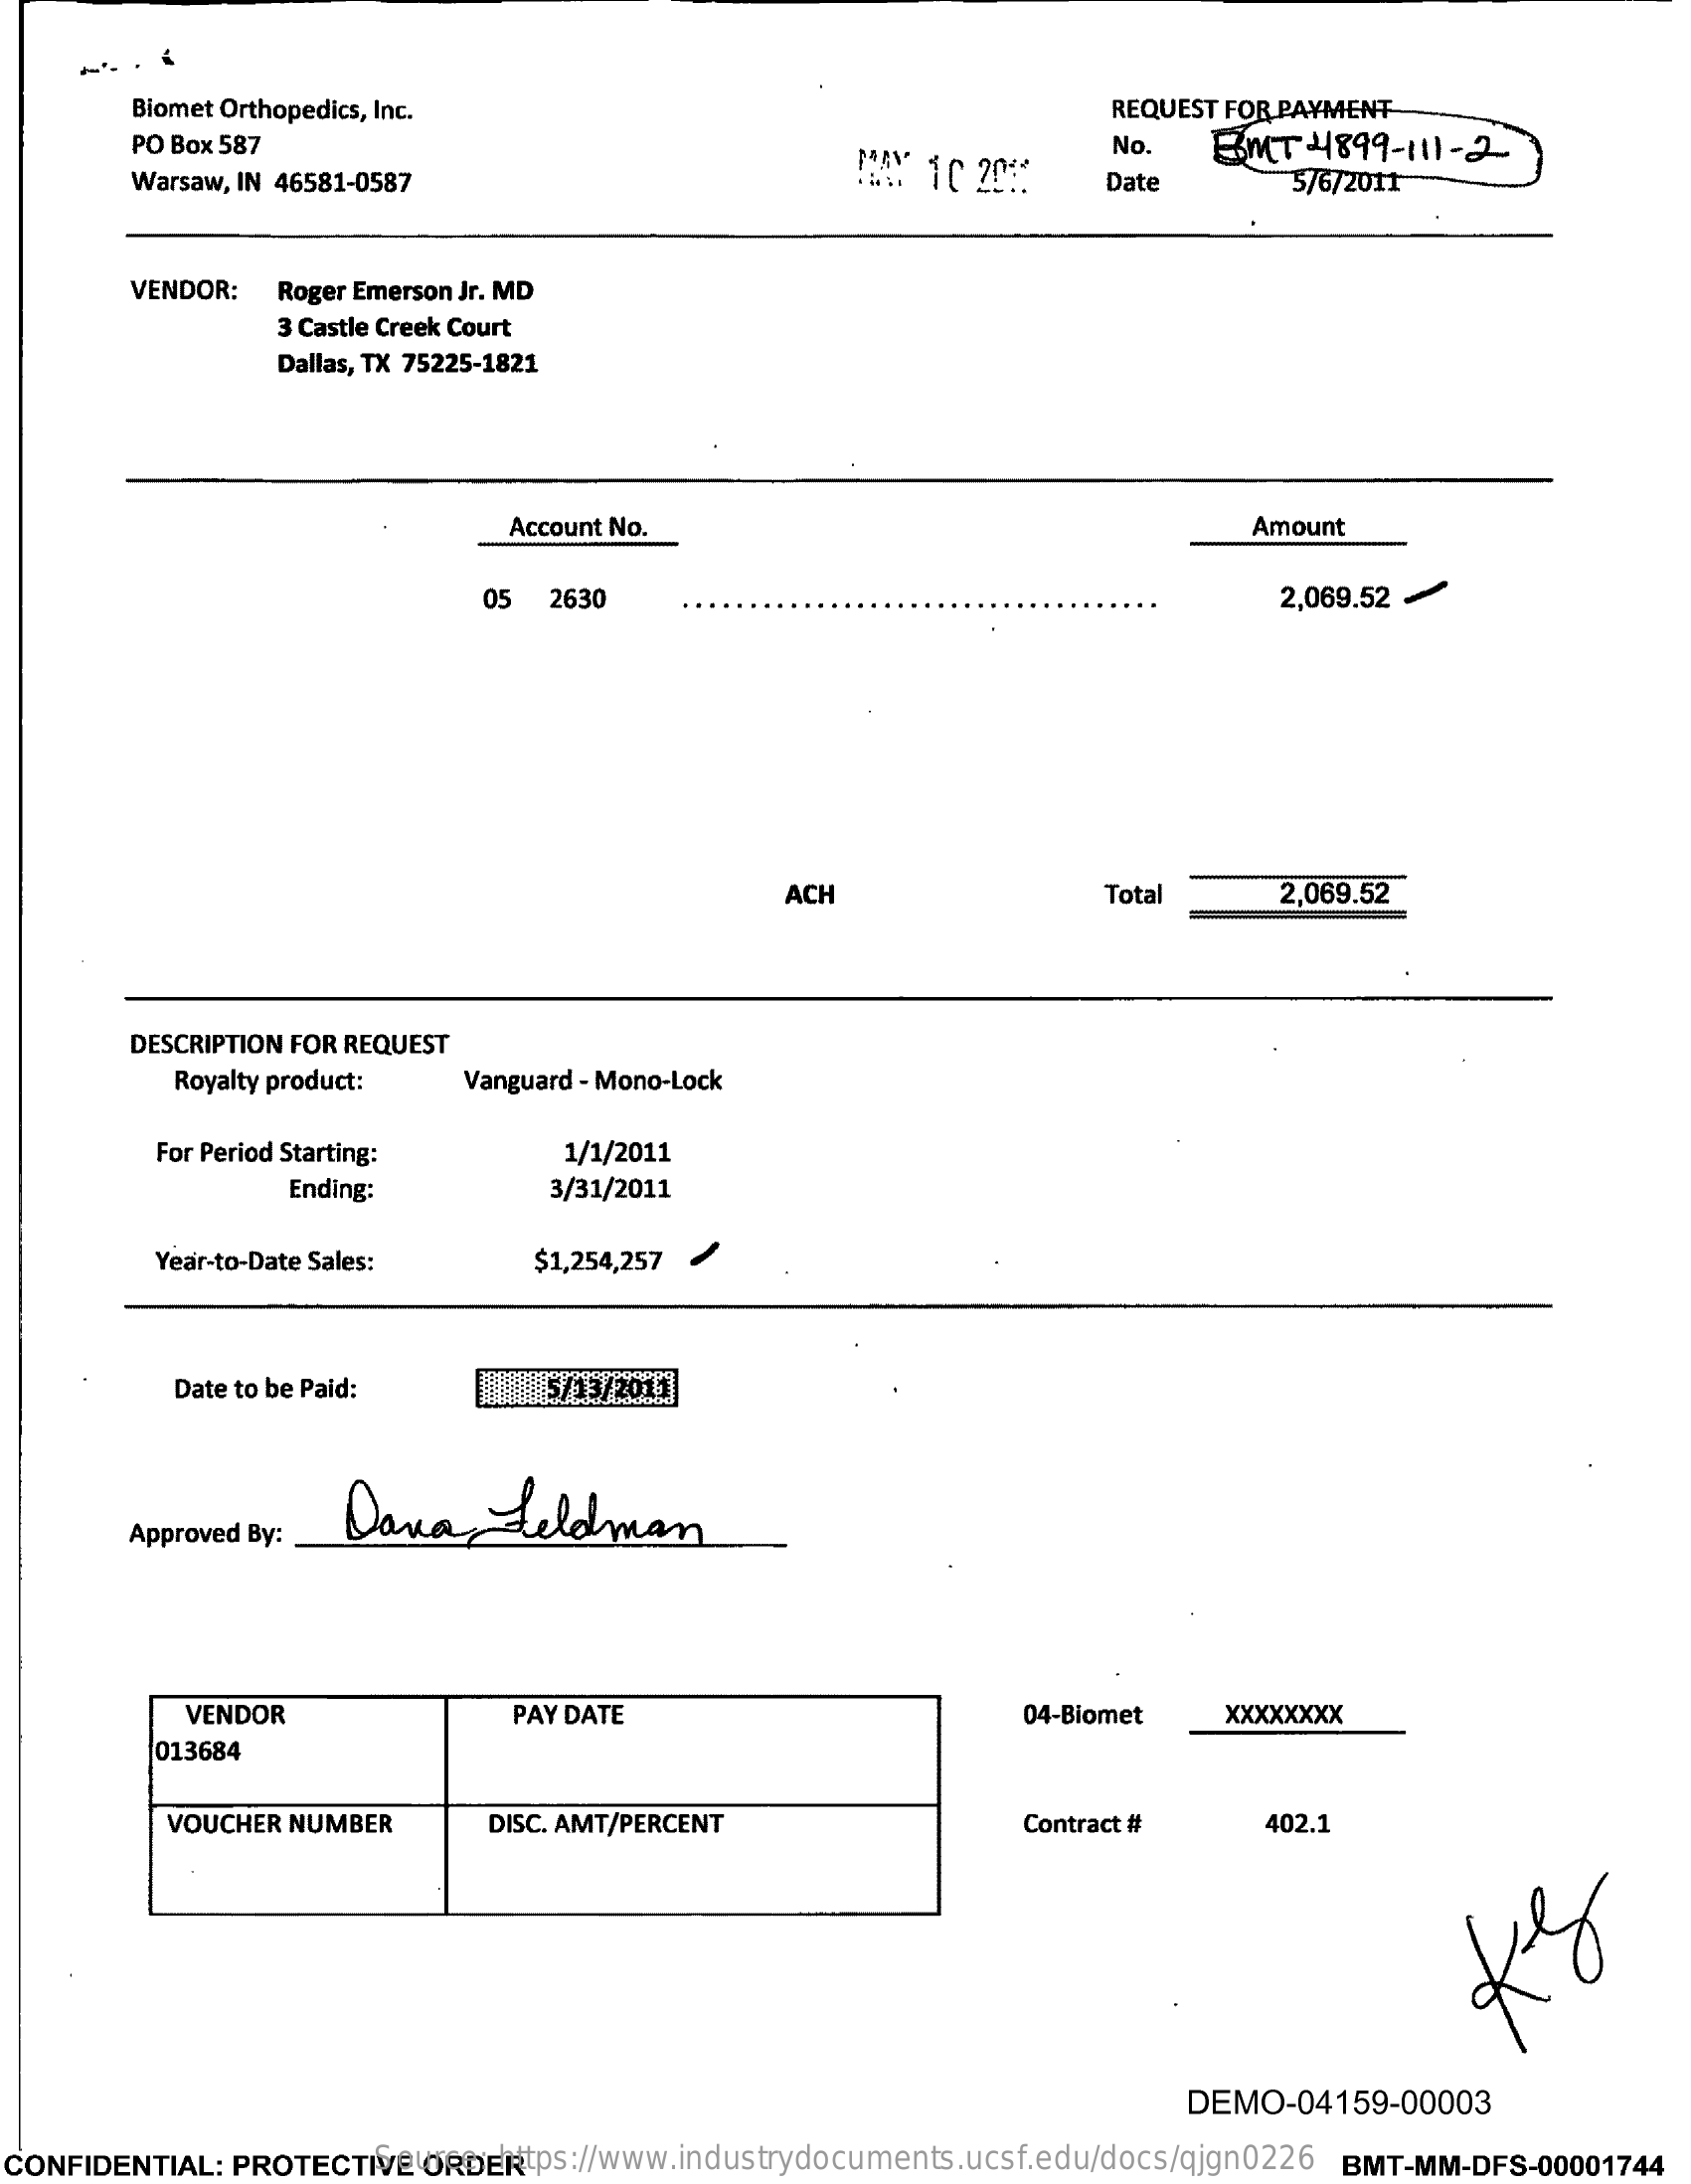
Biomet Orthopedics, Inc.    REQUEST FOR PAYMENT
     PO Box 587
     MAY 10 20%
     No.    BUT-41899-111-2
     Warsaw, IN 46581-0587    Date    5/6/2011
     VENDOR:  Roger Emerson Jr. MD
     3 Castle Creek Court
     Dallas, TX 75225-1821
     Account No.    Amount
     05  2630    2,069.52
     ACH    Total    2,069.52
     DESCRIPTION FOR REQUEST
     Royalty product:  Vanguard - Mono-Lock
     For Period Starting:    1/1/2011
     Ending:    3/31/2011
     Year-to-Date Sales:    $1,254,257
     Date to be Paid:    5/13/2011
     Dana    feldman
     Approved By:
     VENDOR    PAY DATE    04-Biomet    xxxxxxxx
     013684
     VOUCHER NUMBER    DISC. AMT/PERCENT    Contract #    402.1
     DEMO-04159-00003
  CONFIDENTIAL: PROTECTIVE ORDER Source: https://www.industrydocuments.ucsf.edu/docs/qjgn0226 BMT-MM-DFS-00001744